Lunatic asylums Central Provinces reports 1895-1909 - 1895-1909
Year: 1895
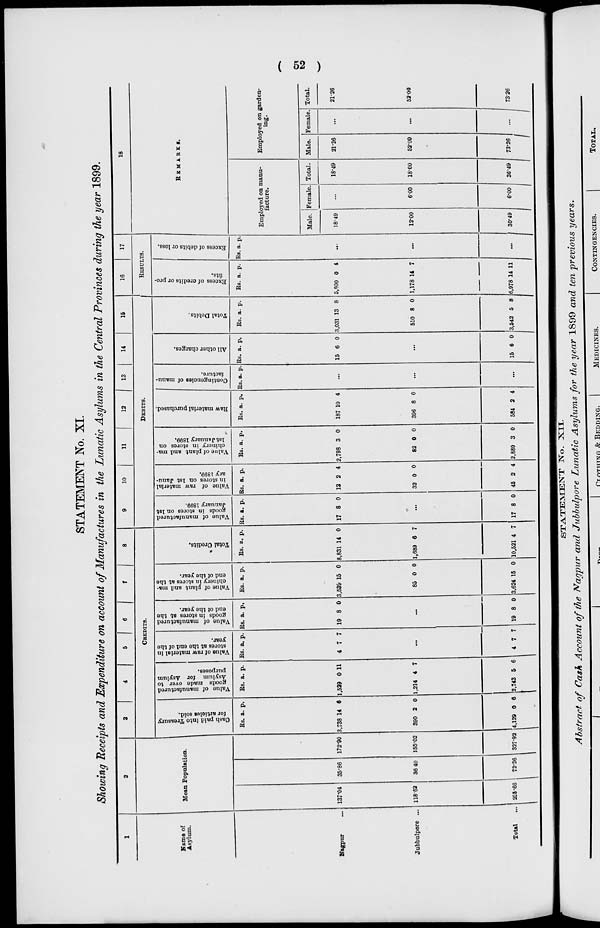
( 52 )
STATEMENT No. XI.
Showing Receipts and Expenditure on account of Manufactures in the Lunatic Asylums in the Central Provinces during the year 1899.
1
Name of
Asylum.
Nagpur ...
Jubbulpore ...
Total ...
2
Mean Population.
137.04
118.62
255.66
35.86
36.40
72.26
172.90
155.02
327.92
3
4
5
6
7
8
CREDITS.
Cash paid into Treasury
for articles sold.
Rs.
3,738
390
4,129
a.
14
2
0
p.
6
0
6
Value of manufactured
g oods made over to
Asylum
for Asylum
purposes.
Rs.
1,529
1,214
2,743
a.
0
4
5
p.
11
7
6
Value of raw material in
stores at the end of the
year.
Rs.
4
a.
7
p.
7
...
4 7 7
Value of manufactured
goods in stores at the
end of the year.
Rs.
19
a.
8
p.
0
...
19 8 0
Value of plant and ma-
chinery in stores at the
end of the year.
Rs.
3,539
85
3,624
a.
15
0
15
p.
0
0
0
Total Credits.
Rs.
8,831
1,689
10,521
a.
14
6
4
p.
0
7
7
9
10
11
12
13
14
15
DEBITS.
Value of manufactured
goods in stores on 1st
January 1899.
Rs.
17
a.
8
p.
0
...
17 8 0
Value of raw material
in stores on 1st Janu-
ary 1899.
Rs.
13
32
45
a.
2
0
2
p.
4
0
4
Value of plant and ma-
chinery in stores on
1st January 1899.
Rs.
2,798
82
2,880
a.
3
0
3
p.
0
0
0
Raw material purchased.
Rs.
187
396
584
a.
10
8
2
p.
4
0
4
Contingencies of manu-
facture.
Rs. a. p.
...
...
...
All other charges.
Rs.
15
a.
6
p.
0
...
15 6 0
Total Debits.
Rs.
3,031
510
3,542
a.
13
8
5
p.
8
0
8
16
17
RESULTS.
Excess of credits or pro-
fits.
Rs.
5,800
1,178
6,978
a.
0
14
14
p.
4
7
11
Excess of debits or loss.
Rs. a. p.
...
...
...
18
REMARKS.
Employed on manu-
facture.
Male.
18.49
12.00
30.49
Female.
...
6.00
6.00
Total.
18.49
18.00
36.49
Employed on garden-
ing.
Male.
21.26
52.00
73.26
Female.
...
...
...
Total.
21.26
52.00
73.26